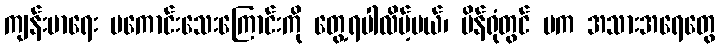
ကျန်းမာရေး မကောင်းသေးကြောင်းကို တွေ့ရပါလိမ့်မယ်၊ ပိန်ရုံတွင် မက အသားအရေတွေ